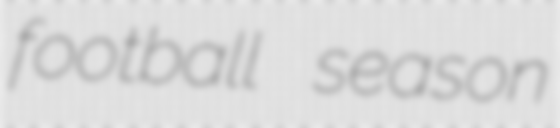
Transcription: football season